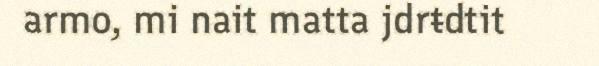
armo, mi nait matta jdrŧdtit